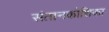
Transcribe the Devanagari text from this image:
संतानकोशिका